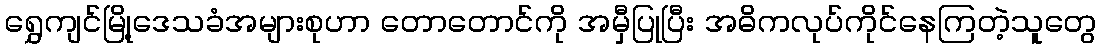
ရွှေကျင်မြို့ဒေသခံအများစုဟာ တောတောင်ကို အမှီပြုပြီး အဓိကလုပ်ကိုင်နေကြတဲ့သူတွေ